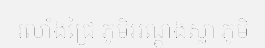
រលាំងជ្រៃ ភូមិអណ្តូងស្លា ភូមិ